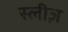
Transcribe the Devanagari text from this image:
स्लीज़